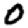
Digit: 0